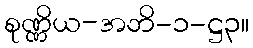
စုဏ္ဏိယ-အဘိ-၁-ဋ္ဌ၃။